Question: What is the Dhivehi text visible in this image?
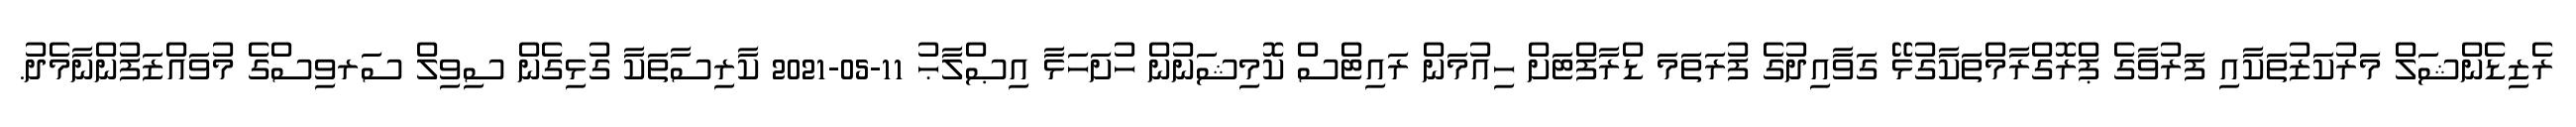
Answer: ރެޒިޑެންޝަލް މަރުކަޒުތަކާއި ފަރުވާގެ ޕްރޮގްރާމްތަކާގުޅޭ ގަވާއިދުގެ ފުރަތަމަ ޑްރާފްޓަށް ހިއުމަން ރައިޓްސް ކޮމިޝަނުން ހުށަހަޅާ އިޞްލާޙު 11-05-2021 ކާރިސާތަކާ ގުޅިގެން ސިވިލް ސަރވިސްގެ މުވައްޒަފުންނާމެދު.